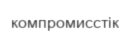
компромисстік